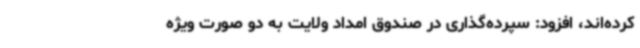
کرده‌اند، افزود: سپرده‌گذاری در صندوق امداد ولایت به دو صورت ویژه